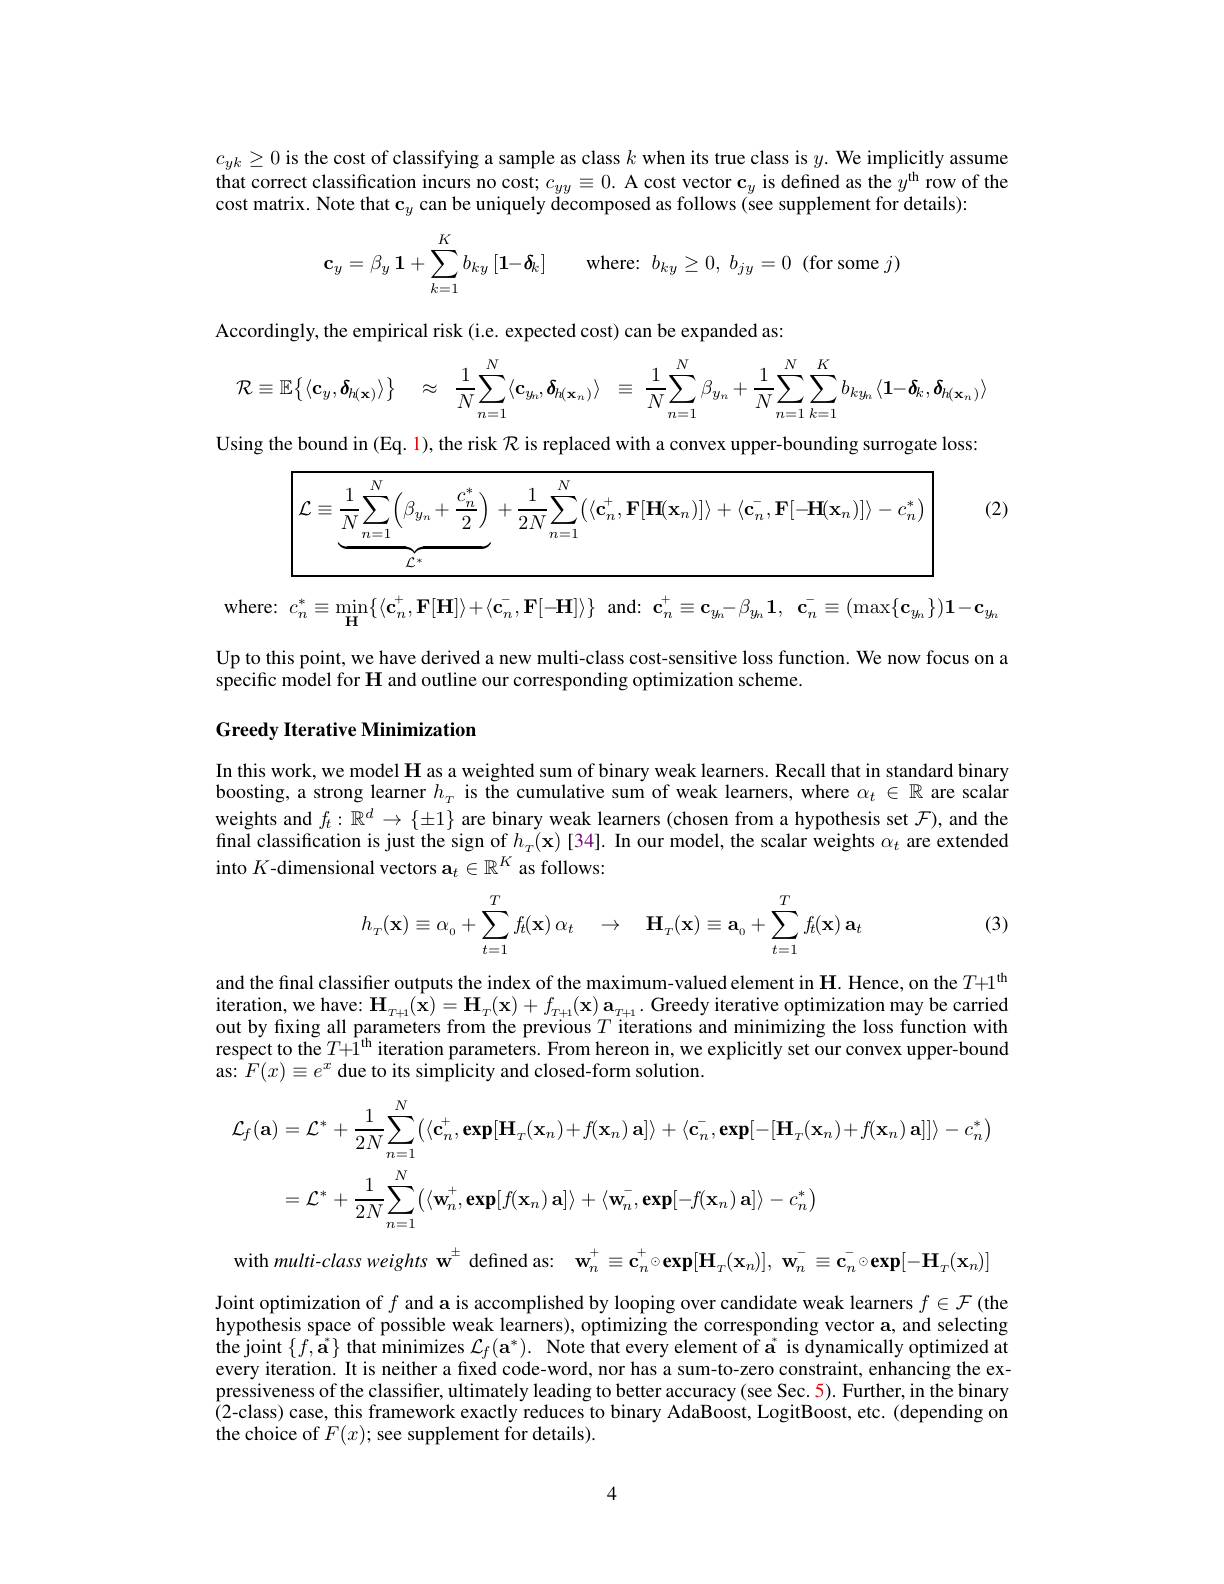
$c_{yk}\geq0$ is the cost of classifying a sample as class $k$ when its true class is $y.$ We implicitly assume that correct classification incurs no cost; $c_{yy}\equiv0.$ A cost vector $\mathbf{c}_y$ is defined as the $y^\mathrm{th}$ row of the cost matrix. Note that c$_y$ can be uniquely decomposed as follows (see supplement for details):
$$\mathbf{c}_y=\beta_y\:\mathbf{1}+\sum\limits_{k=1}^Kb_{ky}\left[\mathbf{1}\!\!\!\!\!\!\!\!\!\!\!\!\!\!\!\!\!\!\!\!\!\!\!\!\!\!\!\!\!\!\!\!\!\!\!\!\!\!\!\!\!\!\!\!\!\!\!\!\!\!\!\!\!\!\!\!\!\!\!\!\!\!\!\!\!\!\!\!\!\!\!\!\!\!\!\!\!\!\!\!\!\!\!\!\!\!\!\!\!\!\!\!\right]$$
Accordingly, the empirical risk(i.e. expected cost) can be expanded as:
$$\mathcal{R}\equiv\mathbb{E}\big\{\langle\mathbf{c}_{y},\boldsymbol{\delta}_{h(\mathbf{x})}\rangle\big\}\quad\approx\quad\frac{1}{N}\sum_{n=1}^{N}\langle\mathbf{c}_{y_{n}},\boldsymbol{\delta}_{h(\mathbf{x}_{n})}\rangle\quad\equiv\:\frac{1}{N}\sum_{n=1}^{N}\beta_{y_{n}}+\frac{1}{N}\sum_{n=1}^{N}\sum_{k=1}^{K}b_{ky_{n}}\langle\mathbf{1}-\boldsymbol{\delta}_{k},\boldsymbol{\delta}_{h(\mathbf{x}_{n})}\rangle $$
Using the bound in (Eq. 1), the risk $\mathcal{R}$ is replaced with a convex upper-bounding surrogate loss:

(2)
$$\boxed{\mathcal{L}\equiv\underbrace{\frac{1}{N}\sum_{n=1}^{N}\left(\beta_{y_{n}}+\frac{c_{n}^{*}}{2}\right)}_{\mathcal{L}^{*}}+\frac{1}{2N}\sum_{n=1}^{N}\left(\langle\mathbf{c}_{n}^{+},\mathbf{F}[\mathbf{H}(\mathbf{x}_{n})]\rangle+\langle\mathbf{c}_{n}^{-},\mathbf{F}[-\mathbf{H}(\mathbf{x}_{n})]\rangle-c_{n}^{*}\right)}$$
where:$c_n^* \equiv \operatorname* { min} _{\mathbf{H} }\{ \langle \mathbf{c} _n^+ , \mathbf{F} [ \mathbf{H} ] \rangle + \langle \mathbf{c} _n^- , \mathbf{F} [ - \mathbf{H} ] \rangle \}$ and:$\mathbf{c} _n^+ \equiv \mathbf{c} _{y_n}- \beta _{y_n}\mathbf{1} $, $\mathbf{c} _n^- \equiv ( \operatorname* { max} \{ \mathbf{c} _{y_n}\} ) \mathbf{1} - \mathbf{c} _{y_h}$

Up to this point, we have derived a new multi-class cost-sensitive loss function. We now focus on a
specific model for H and outline our corresponding optimization scheme.

## Greedy Iterative Minimization

In this work, we model $\mathbf{H}$ as a weighted sum of binary weak learners. Recall that in standard binary boosting, a strong learner $h_T$ is the cumulative sum of weak learners, where $\alpha_t\in\mathbb{R}$ are scalar weights and $f_t:\mathbb{R}^d\to\{\pm1\}$ are binary weak learners (chosen from a hypothesis set $\mathcal{F})$, and the final classification is just the sign of $h_T(\mathbf{x})[34].$ In our model, the scalar weights $\alpha_{t}$ are extended into $K$-dimensional vectors $\mathbf{a}_t\in\mathbb{R}^K$ as follows:
$$h_T(\mathbf{x})\equiv\alpha_0+\sum\limits_{t=1}^Tf_t(\mathbf{x})\:\alpha_t\quad\to\quad\mathbf{H}_T(\mathbf{x})\equiv\mathbf{a}_0+\sum\limits_{t=1}^Tf_t(\mathbf{x})\:\mathbf{a}_t$$
(3)

and the final classifier outputs the index of the maximum-valued element in $\mathbf{H}.$ Hence, on the $T+1^\mathrm{th}$ iteration, we have: $\mathbf{H}_{T+1}(\tilde{\mathbf{x}})=\mathbf{H}_{T}(\mathbf{x})+f_{T+1}(\mathbf{x})\mathbf{a}_{T+1}.$ Greedy iterative optimization may be carried out by fixing all parameters from the previous $T$ iterations and minimizing the loss function with respect to the $T+\hat{1}^\mathrm{th}$ iteration parameters. From hereon in, we explicitly set our convex upper-bound as: $F(x)\equiv e^x$ due to its simplicity and closed-form solution.
$$\begin{aligned}\mathcal{L}_{f}(\mathbf{a})&=\mathcal{L}^{*}+\frac{1}{2N}\sum_{n=1}^{N}\big(\langle\mathbf{c}_{n}^{+},\mathbf{exp}[\mathbf{H}_{T}(\mathbf{x}_{n})+f(\mathbf{x}_{n})\:\mathbf{a}]\rangle+\langle\mathbf{c}_{n}^{-},\mathbf{exp}[-[\mathbf{H}_{T}(\mathbf{x}_{n})+f(\mathbf{x}_{n})\:\mathbf{a}]]\rangle-c_{n}^{*}\big)\\&=\mathcal{L}^{*}+\frac{1}{2N}\sum_{n=1}^{N}\big(\langle\mathbf{w}_{n}^{+},\mathbf{exp}[f(\mathbf{x}_{n})\:\mathbf{a}]\rangle+\langle\mathbf{w}_{n}^{-},\mathbf{exp}[-f(\mathbf{x}_{n})\:\mathbf{a}]\rangle-c_{n}^{*}\big)\end{aligned}$$
with multi-class weights w$^\pm$ defined as: $\mathbf{w}_n^+\equiv\mathbf{c}_n^+\circ\mathbf{exp}[\mathbf{H}_T(\mathbf{x}_n)],\mathbf{w}_n^-\equiv\mathbf{c}_n^-\circ\mathbf{exp}[-\mathbf{H}_T(\mathbf{x}_n)]$

Joint optimization of $f$ and a is accomplished by looping over candidate weak learners $f\in\mathcal{F}$ (the $\hat{\text{hypothesis space of possible weak learners), optimizing the corresponding vector a, and selecting}}$ the joint $\{f,\mathbf{a}^*\}$ that minimizes $\mathcal{L}_f(\mathbf{a}^*).$ Note that every element of a$^*$ is dynamically optimized at every iteration. It is neither a fixed code-word, nor has a sum-to-zero constraint, enhancing the expressiveness of the classifier, ultimately leading to better accuracy (see Sec. 5). Further, in the binary (2-class) case, this framework exactly reduces to binary AdaBoost, LogitBoost, etc. (depending on the choice of $F(x);$ see supplement for details).

4